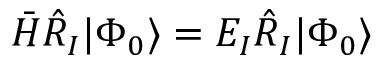
\bar { H } \hat { R } _ { I } | \Phi _ { 0 } \rangle = E _ { I } \hat { R } _ { I } | \Phi _ { 0 } \rangle